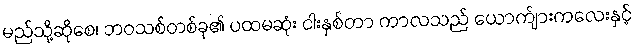
မည်သို့ဆိုစေ၊ ဘဝသစ်တစ်ခု၏ ပထမဆုံး ငါးနှစ်တာ ကာလသည် ယောက်ျားကလေးနှင့်